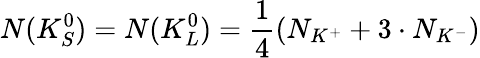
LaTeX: N(K_{S}^{0})=N(K_{L}^{0})=\frac{1}{4}(N_{K^{+}}+3\cdot N_{K^{-}})